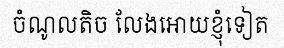
ចំណូលតិច លែងអោយខ្ញុំទៀត